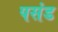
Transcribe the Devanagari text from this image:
पसंड